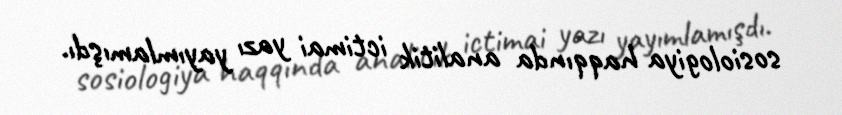
sosiologiya haqqında analitik ictimai yazı yayımlamışdı.